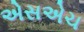
એસએચ